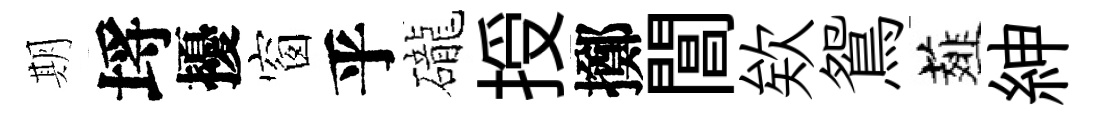
期埓擾窗乎礲授擲閶欸鴛薤紳